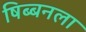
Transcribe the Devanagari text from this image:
षिब्बनला